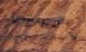
بالبشر